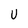
Character: U